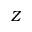
Z